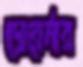
ডোয়ের্নার